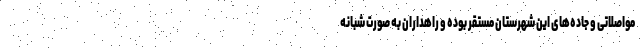
مواصلاتی و جاده‌های این شهرستان مستقر بوده و راهداران به صورت شبانه